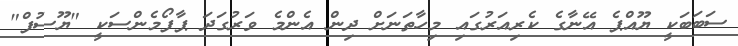
ސަބަބަކީ ޔޫއްޕެ އޭނާގެ ކެރިއަރުގައި މިހާތަނަށް ދިން އެންމެ ވަރުގަދަ ޕާފޯމެންސަކީ "ޔޫސުފް"